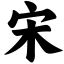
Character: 宋